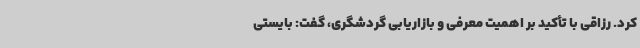
کرد. رزاقی با تأکید بر اهمیت معرفی و بازاریابی گردشگری، گفت: بایستی